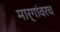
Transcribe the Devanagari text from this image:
मार्गांवरच